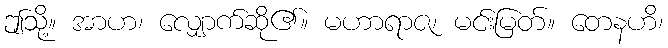
ဤသို့။ အာဟ၊ လျှောက်ဆို၏။ မဟာရာဇ၊ မင်းမြတ်။ တေနဟိ၊